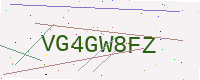
Text: VG4GW8FZ